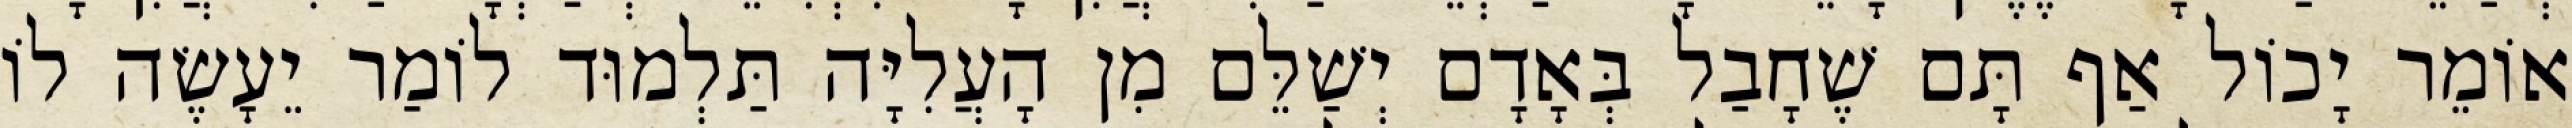
אוֹמֵר יָכוֹל אַף תָּם שֶׁחָבַל בְּאָדָם יְשַׁלֵּם מִן הָעֲלִיָּה תַּלְמוּד לוֹמַר יֵעָשֶׂה לוֹ